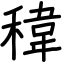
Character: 稦